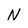
Character: N